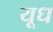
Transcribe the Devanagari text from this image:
यूध